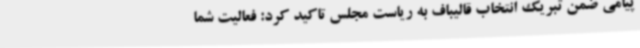
پیامی ضمن تبریک انتخاب قالیباف به ریاست مجلس تاکید کرد: فعالیت شما